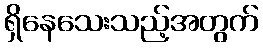
ရှိနေသေးသည့်အတွက်